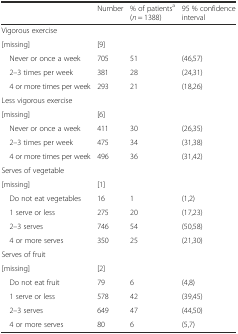
<table><thead><tr><td></td><td><b>Number</b></td><td><b>% of patients<sup>a</sup> (<i>n</i> = 1388)</b></td><td><b>95 % confidence interval</b></td></tr></thead><tbody><tr><td>Vigorous exercise</td><td></td><td></td><td></td></tr><tr><td>[missing]</td><td>[9]</td><td></td><td></td></tr><tr><td> Never or once a week</td><td>705</td><td>51</td><td>(46,57)</td></tr><tr><td> 2–3 times per week</td><td>381</td><td>28</td><td>(24,31)</td></tr><tr><td> 4 or more times per week</td><td>293</td><td>21</td><td>(18,26)</td></tr><tr><td>Less vigorous exercise</td><td></td><td></td><td></td></tr><tr><td>[missing]</td><td>[6]</td><td></td><td></td></tr><tr><td> Never or once a week</td><td>411</td><td>30</td><td>(26,35)</td></tr><tr><td> 2–3 times per week</td><td>475</td><td>34</td><td>(31,38)</td></tr><tr><td> 4 or more times per week</td><td>496</td><td>36</td><td>(31,42)</td></tr><tr><td>Serves of vegetable</td><td></td><td></td><td></td></tr><tr><td>[missing]</td><td>[1]</td><td></td><td></td></tr><tr><td> Do not eat vegetables</td><td>16</td><td>1</td><td>(1,2)</td></tr><tr><td> 1 serve or less</td><td>275</td><td>20</td><td>(17,23)</td></tr><tr><td> 2–3 serves</td><td>746</td><td>54</td><td>(50,58)</td></tr><tr><td> 4 or more serves</td><td>350</td><td>25</td><td>(21,30)</td></tr><tr><td>Serves of fruit</td><td></td><td></td><td></td></tr><tr><td>[missing]</td><td>[2]</td><td></td><td></td></tr><tr><td> Do not eat fruit</td><td>79</td><td>6</td><td>(4,8)</td></tr><tr><td> 1 serve or less</td><td>578</td><td>42</td><td>(39,45)</td></tr><tr><td> 2–3 serves</td><td>649</td><td>47</td><td>(44,50)</td></tr><tr><td> 4 or more serves</td><td>80</td><td>6</td><td>(5,7)</td></tr></tbody></table>